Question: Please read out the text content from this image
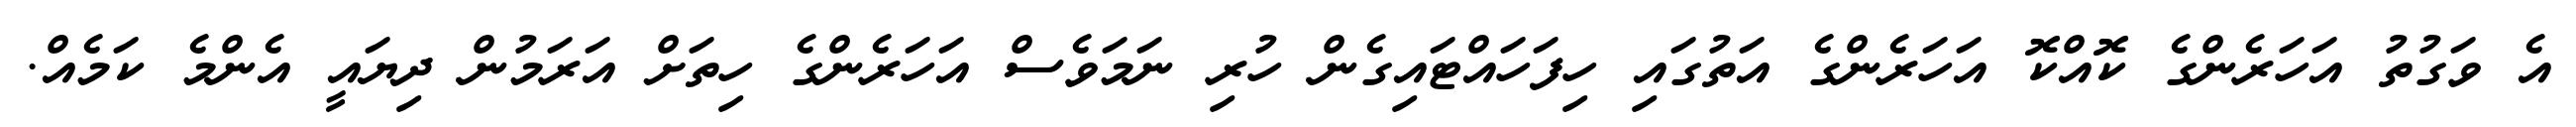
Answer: އެ ވަގުތު އަހަރެންގެ ކޮއްކޮ އަހަރެންގެ އަތުގައި ހިފަހައްޓައިގެން ހުރި ނަމަވެސް އަހަރެންގެ ހިތަށް އަރަމުން ދިޔައީ އެންމެ ކަމެއް.